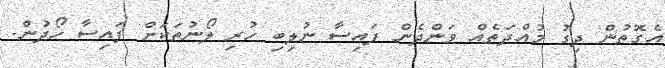
އެގޮތުން ދިގު މުއްދަތެއް ވަންދެން ފައިސާ ނުލިބި ހުރި ލޯނުތަކަށް ފައިސާ ހޯދުން.